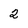
Character: 2